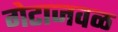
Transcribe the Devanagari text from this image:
गेटाजवळ